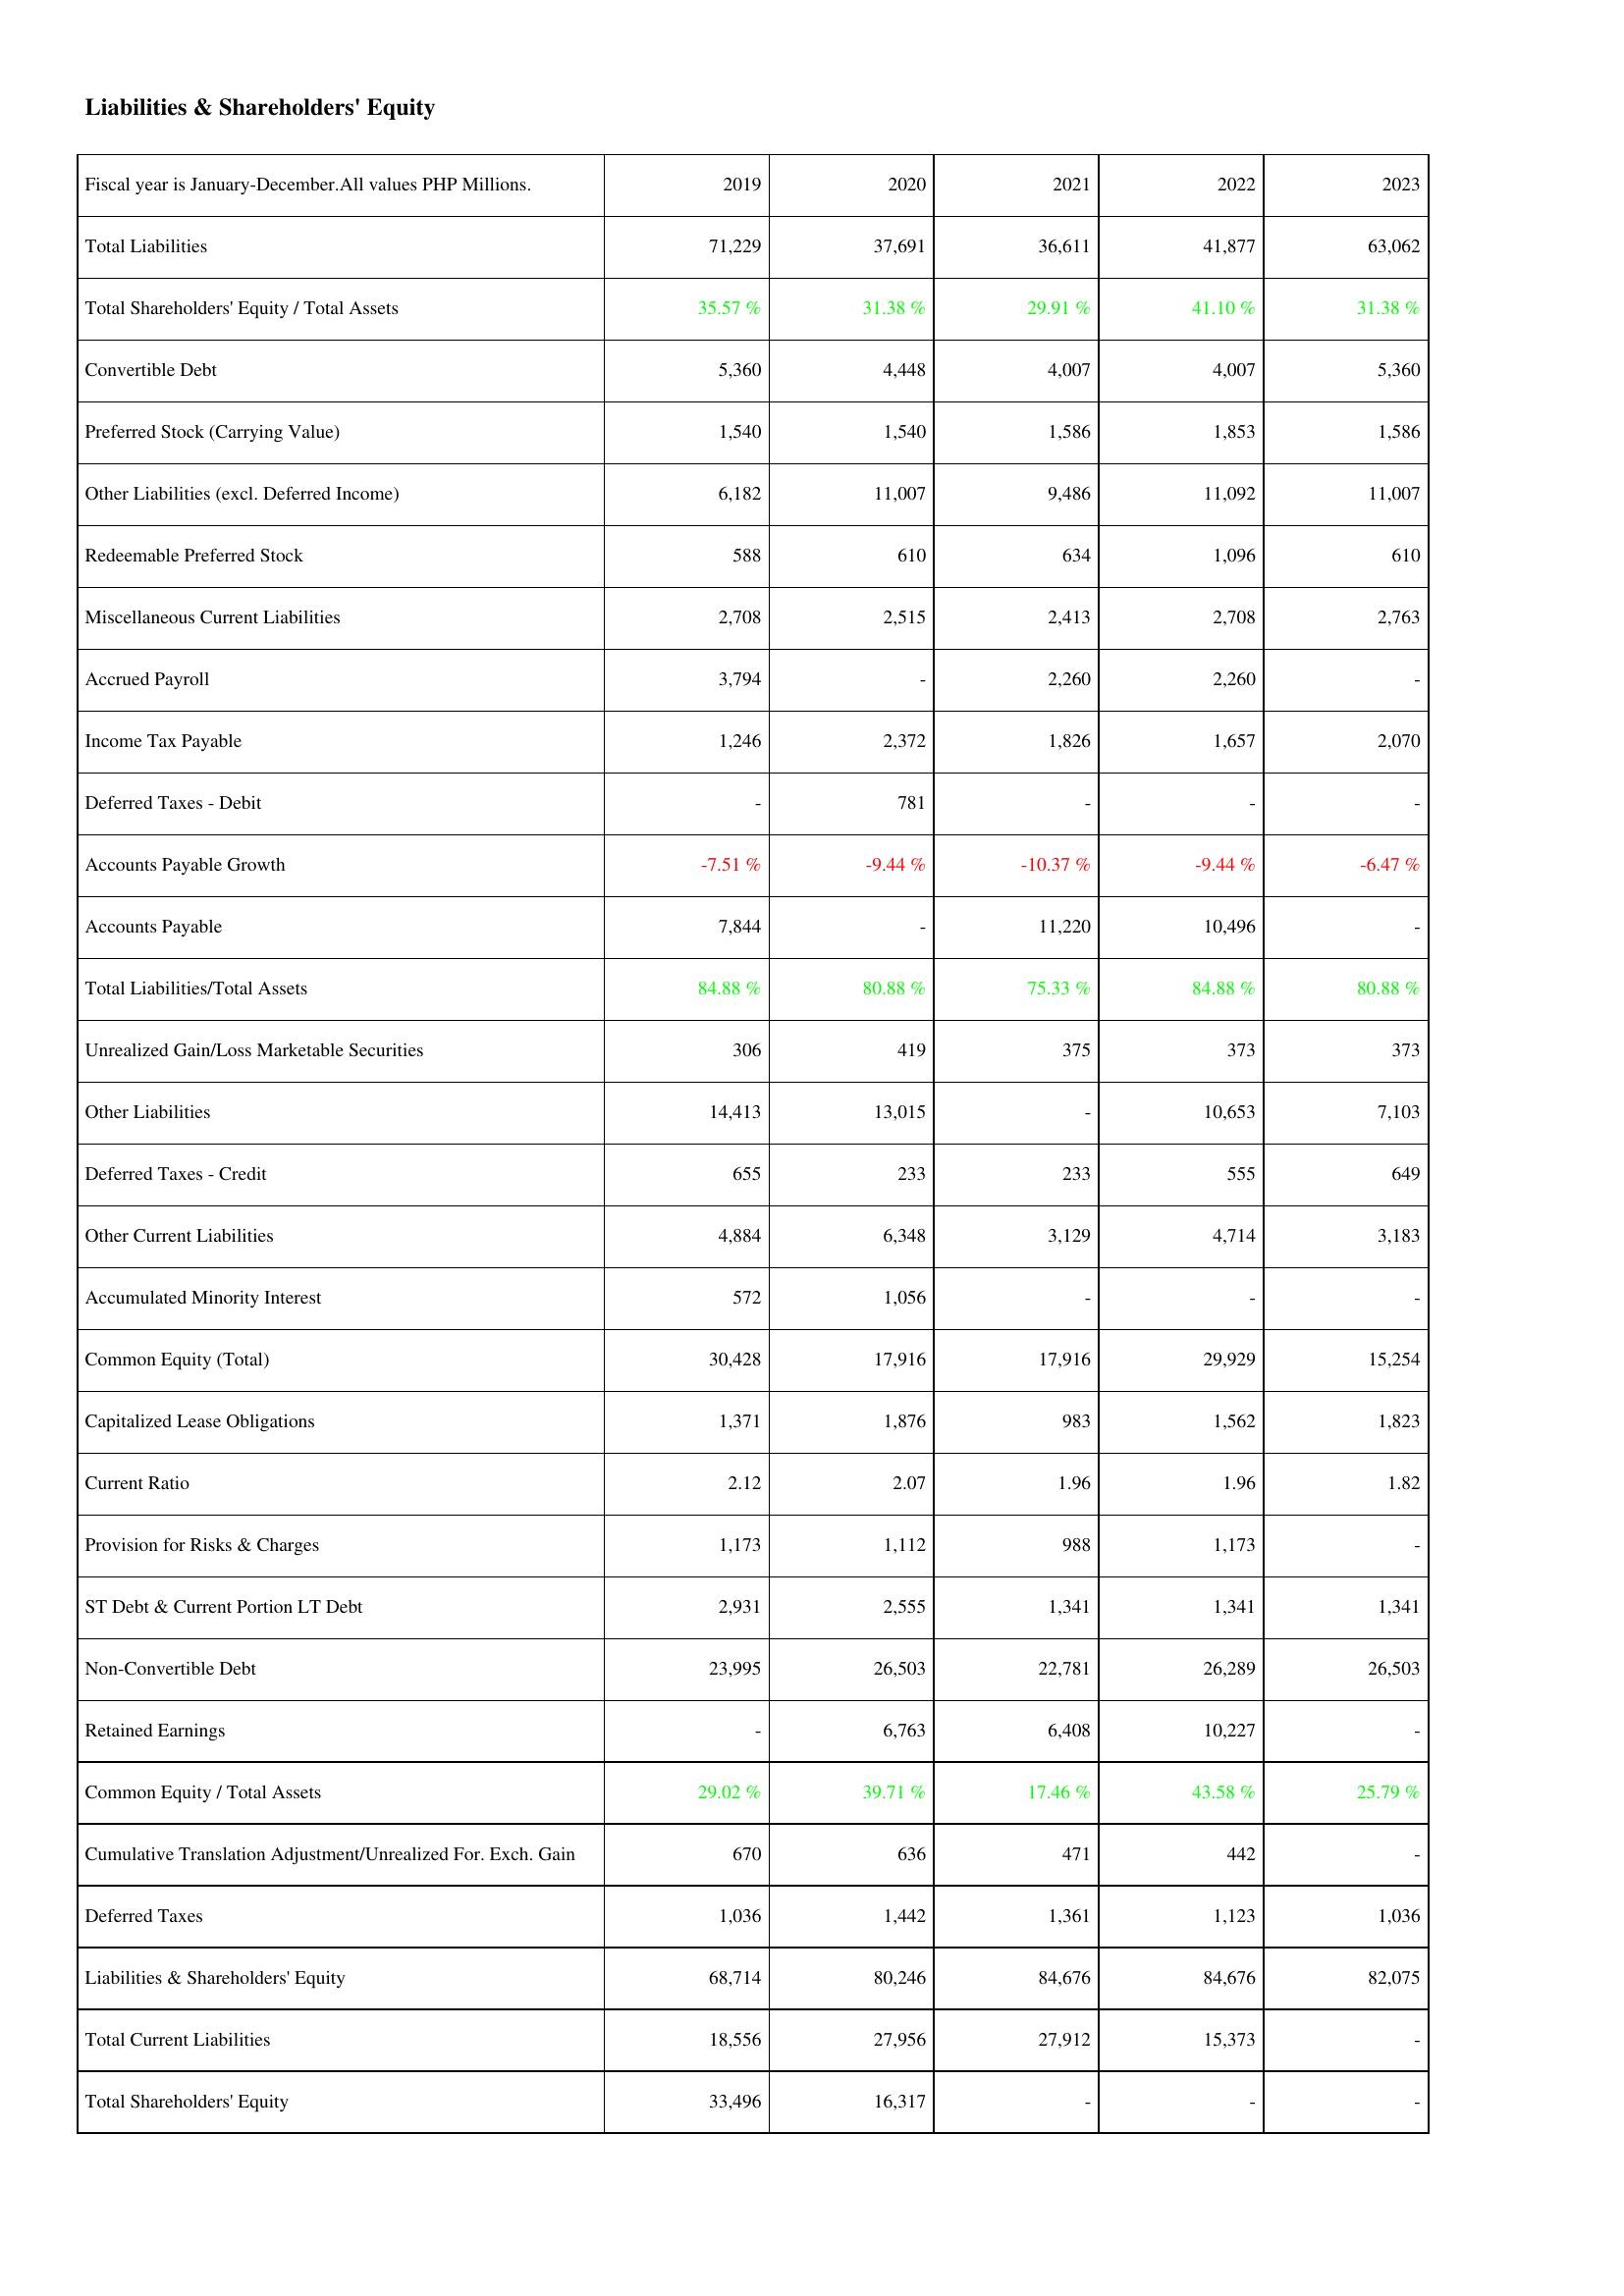
2019: Liabilities & Shareholders' Equity: Total Liabilities: 71,229
Total Shareholders' Equity / Total Assets: 35.57 %
Convertible Debt: 5,360
Preferred Stock (Carrying Value): 1,540
Other Liabilities (excl. Deferred Income): 6,182
Redeemable Preferred Stock: 588
Miscellaneous Current Liabilities: 2,708
Accrued Payroll: 3,794
Income Tax Payable: 1,246
Deferred Taxes - Debit: -
Accounts Payable Growth: -7.51 %
Accounts Payable: 7,844
Total Liabilities/Total Assets: 84.88 %
Unrealized Gain/Loss Marketable Securities: 306
Other Liabilities: 14,413
Deferred Taxes - Credit: 655
Other Current Liabilities: 4,884
Accumulated Minority Interest: 572
Common Equity (Total): 30,428
Capitalized Lease Obligations: 1,371
Current Ratio: 2.12
Provision for Risks & Charges: 1,173
ST Debt & Current Portion LT Debt: 2,931
Non-Convertible Debt: 23,995
Retained Earnings: -
Common Equity / Total Assets: 29.02 %
Cumulative Translation Adjustment/Unrealized For. Exch. Gain: 670
Deferred Taxes: 1,036
Liabilities & Shareholders' Equity: 68,714
Total Current Liabilities: 18,556
Total Shareholders' Equity: 33,496
2020: Liabilities & Shareholders' Equity: Total Liabilities: 37,691
Total Shareholders' Equity / Total Assets: 31.38 %
Convertible Debt: 4,448
Preferred Stock (Carrying Value): 1,540
Other Liabilities (excl. Deferred Income): 11,007
Redeemable Preferred Stock: 610
Miscellaneous Current Liabilities: 2,515
Accrued Payroll: -
Income Tax Payable: 2,372
Deferred Taxes - Debit: 781
Accounts Payable Growth: -9.44 %
Accounts Payable: -
Total Liabilities/Total Assets: 80.88 %
Unrealized Gain/Loss Marketable Securities: 419
Other Liabilities: 13,015
Deferred Taxes - Credit: 233
Other Current Liabilities: 6,348
Accumulated Minority Interest: 1,056
Common Equity (Total): 17,916
Capitalized Lease Obligations: 1,876
Current Ratio: 2.07
Provision for Risks & Charges: 1,112
ST Debt & Current Portion LT Debt: 2,555
Non-Convertible Debt: 26,503
Retained Earnings: 6,763
Common Equity / Total Assets: 39.71 %
Cumulative Translation Adjustment/Unrealized For. Exch. Gain: 636
Deferred Taxes: 1,442
Liabilities & Shareholders' Equity: 80,246
Total Current Liabilities: 27,956
Total Shareholders' Equity: 16,317
2021: Liabilities & Shareholders' Equity: Total Liabilities: 36,611
Total Shareholders' Equity / Total Assets: 29.91 %
Convertible Debt: 4,007
Preferred Stock (Carrying Value): 1,586
Other Liabilities (excl. Deferred Income): 9,486
Redeemable Preferred Stock: 634
Miscellaneous Current Liabilities: 2,413
Accrued Payroll: 2,260
Income Tax Payable: 1,826
Deferred Taxes - Debit: -
Accounts Payable Growth: -10.37 %
Accounts Payable: 11,220
Total Liabilities/Total Assets: 75.33 %
Unrealized Gain/Loss Marketable Securities: 375
Other Liabilities: -
Deferred Taxes - Credit: 233
Other Current Liabilities: 3,129
Accumulated Minority Interest: -
Common Equity (Total): 17,916
Capitalized Lease Obligations: 983
Current Ratio: 1.96
Provision for Risks & Charges: 988
ST Debt & Current Portion LT Debt: 1,341
Non-Convertible Debt: 22,781
Retained Earnings: 6,408
Common Equity / Total Assets: 17.46 %
Cumulative Translation Adjustment/Unrealized For. Exch. Gain: 471
Deferred Taxes: 1,361
Liabilities & Shareholders' Equity: 84,676
Total Current Liabilities: 27,912
Total Shareholders' Equity: -
2022: Liabilities & Shareholders' Equity: Total Liabilities: 41,877
Total Shareholders' Equity / Total Assets: 41.10 %
Convertible Debt: 4,007
Preferred Stock (Carrying Value): 1,853
Other Liabilities (excl. Deferred Income): 11,092
Redeemable Preferred Stock: 1,096
Miscellaneous Current Liabilities: 2,708
Accrued Payroll: 2,260
Income Tax Payable: 1,657
Deferred Taxes - Debit: -
Accounts Payable Growth: -9.44 %
Accounts Payable: 10,496
Total Liabilities/Total Assets: 84.88 %
Unrealized Gain/Loss Marketable Securities: 373
Other Liabilities: 10,653
Deferred Taxes - Credit: 555
Other Current Liabilities: 4,714
Accumulated Minority Interest: -
Common Equity (Total): 29,929
Capitalized Lease Obligations: 1,562
Current Ratio: 1.96
Provision for Risks & Charges: 1,173
ST Debt & Current Portion LT Debt: 1,341
Non-Convertible Debt: 26,289
Retained Earnings: 10,227
Common Equity / Total Assets: 43.58 %
Cumulative Translation Adjustment/Unrealized For. Exch. Gain: 442
Deferred Taxes: 1,123
Liabilities & Shareholders' Equity: 84,676
Total Current Liabilities: 15,373
Total Shareholders' Equity: -
2023: Liabilities & Shareholders' Equity: Total Liabilities: 63,062
Total Shareholders' Equity / Total Assets: 31.38 %
Convertible Debt: 5,360
Preferred Stock (Carrying Value): 1,586
Other Liabilities (excl. Deferred Income): 11,007
Redeemable Preferred Stock: 610
Miscellaneous Current Liabilities: 2,763
Accrued Payroll: -
Income Tax Payable: 2,070
Deferred Taxes - Debit: -
Accounts Payable Growth: -6.47 %
Accounts Payable: -
Total Liabilities/Total Assets: 80.88 %
Unrealized Gain/Loss Marketable Securities: 373
Other Liabilities: 7,103
Deferred Taxes - Credit: 649
Other Current Liabilities: 3,183
Accumulated Minority Interest: -
Common Equity (Total): 15,254
Capitalized Lease Obligations: 1,823
Current Ratio: 1.82
Provision for Risks & Charges: -
ST Debt & Current Portion LT Debt: 1,341
Non-Convertible Debt: 26,503
Retained Earnings: -
Common Equity / Total Assets: 25.79 %
Cumulative Translation Adjustment/Unrealized For. Exch. Gain: -
Deferred Taxes: 1,036
Liabilities & Shareholders' Equity: 82,075
Total Current Liabilities: -
Total Shareholders' Equity: -